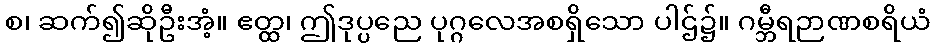
စ၊ ဆက်၍ဆိုဦးအံ့။ ဧတ္ထ၊ ဤဒုပ္ပညေ ပုဂ္ဂလေအစရှိသော ပါဌ်၌။ ဂမ္ဘီရဉာဏစရိယံ